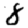
Digit: 8